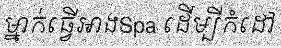
ម្នាក់ធ្វើអាងSpa ដើម្បីកំដៅ